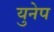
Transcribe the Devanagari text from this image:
युनेप